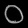
Digit: ၀